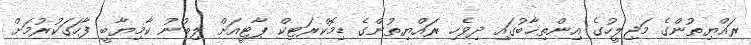
ރައްޔިތުންގެ މަޖިލީހުގެ އިންތިޚާބުގައި ދިވެހި ރައްޔިތުންގެ ޑިމޮކްރަޓިކް ޕާޓީއަށް ލިބުނު ކާމިޔާބީ ފާހަގަކުރުމަށް